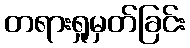
တရားရှုမှတ်ခြင်း